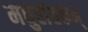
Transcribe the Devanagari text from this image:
मधुरांतकम्